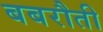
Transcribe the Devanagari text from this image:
बबरौती